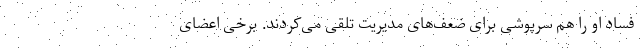
فساد او را هم سرپوشی برای ضعف‌های مدیریت تلقی می‌کردند. برخی اعضای